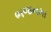
ભજનમા